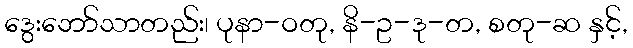
ဒွေးဘော်သာတည်း၊ ပုနာ-ဝတု, နိ-ဥ-ဒု-တ, စတု-ဆ နှင့်,